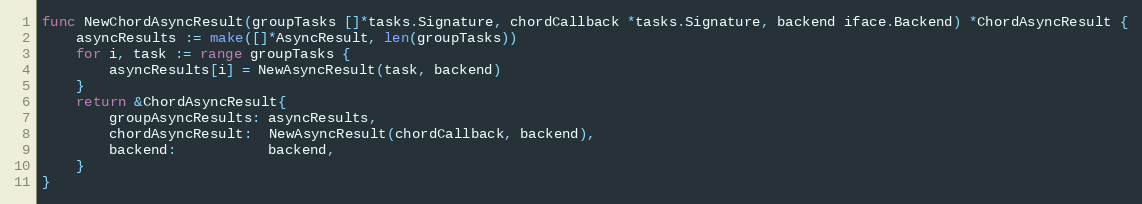
Language: Go
func NewChordAsyncResult(groupTasks []*tasks.Signature, chordCallback *tasks.Signature, backend iface.Backend) *ChordAsyncResult {
	asyncResults := make([]*AsyncResult, len(groupTasks))
	for i, task := range groupTasks {
		asyncResults[i] = NewAsyncResult(task, backend)
	}
	return &ChordAsyncResult{
		groupAsyncResults: asyncResults,
		chordAsyncResult:  NewAsyncResult(chordCallback, backend),
		backend:           backend,
	}
}